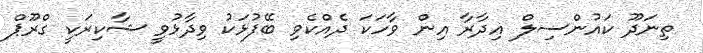
ތިނަދޫ ކައުންސިލް އިދާރާ އިން ވާހަކަ ދެއްކެވި ބޭފުޅަކު ވިދާޅުވީ ޝާކިރަކީ ގްރޫޕް